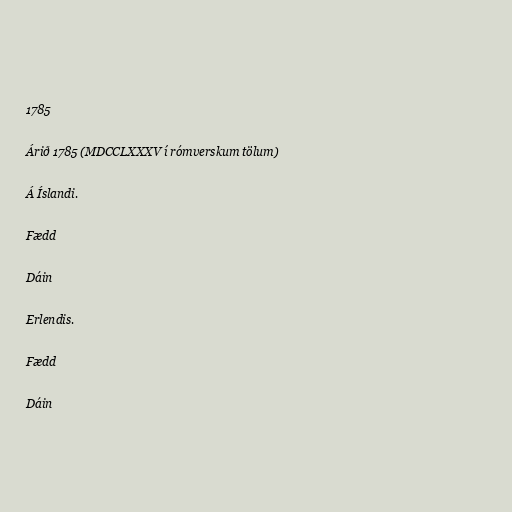
1785

Árið 1785 (MDCCLXXXV í rómverskum tölum)

Á Íslandi.

Fædd

Dáin

Erlendis.

Fædd

Dáin